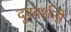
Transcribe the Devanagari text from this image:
दूरदर्शनी